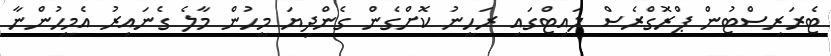
ޓެރަރިސްޓުން ޕްރޮގްރެސް ލައިޓްގައި ރަހީނު ކޮށްގެން ގެންދިޔަ މީހުން މާލެ ގެނައިރު އެމީހުންނާ